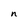
Character: n